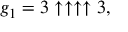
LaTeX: g _ { 1 } = 3 \uparrow \uparrow \uparrow \uparrow 3 ,